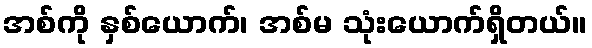
အစ်ကို နှစ်ယောက်၊ အစ်မ သုံးယောက်ရှိတယ်။